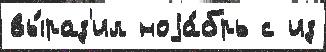
вы́раз'ил ноjа́брь с из